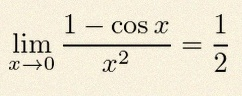
\lim_{x\to0}\frac{1-\cos x}{x^2}=\frac12